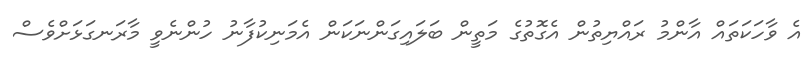
އެ ވާހަކަތައް އާންމު ރައްޔިތުން އެގޮތުގެ މަތީން ބަލައިގަންނަކަން އެމަނިކުފާނު ހުންނެވީ މާރަނގަޅަށްވެސް